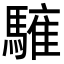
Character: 𩥤